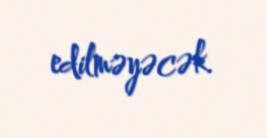
edilməyəcək.